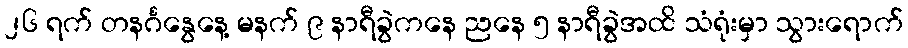
၂၆ ရက် တနင်္ဂနွေနေ့ မနက် ၉ နာရီခွဲကနေ ညနေ ၅ နာရီခွဲအထိ သံရုံးမှာ သွားရောက်